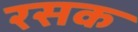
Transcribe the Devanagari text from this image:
रसक